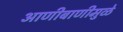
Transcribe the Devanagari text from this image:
आणीबाणीमुळे